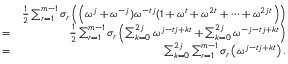
\begin{array} { r l r } & { } & { \frac { 1 } { 2 } \sum _ { r = 1 } ^ { m - 1 } \sigma _ { r } \left( \left( \omega ^ { j } + \omega ^ { - j } ) \omega ^ { - t j } ( 1 + \omega ^ { t } + \omega ^ { 2 t } + \cdots + \omega ^ { 2 j t } \right) \right) } \\ & { = } & { \frac { 1 } { 2 } \sum _ { r = 1 } ^ { m - 1 } \sigma _ { r } \left( \sum _ { k = 0 } ^ { 2 j } \omega ^ { j - t j + k t } + \sum _ { k = 0 } ^ { 2 j } \omega ^ { - j - t j + k t } \right) } \\ & { = } & { \sum _ { k = 0 } ^ { 2 j } \sum _ { r = 1 } ^ { m - 1 } \sigma _ { r } \left( \omega ^ { j - t j + k t } \right) . } \end{array}